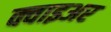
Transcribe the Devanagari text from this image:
क्वाइअर